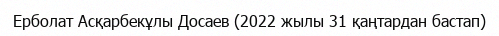
Ерболат Асқарбекұлы Досаев (2022 жылы 31 қаңтардан бастап)